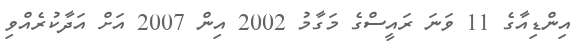
އިންޑިއާގެ 11 ވަނަ ރައީސްގެ މަގާމު 2002 އިން 2007 އަށް އަދާކުރެއްވި